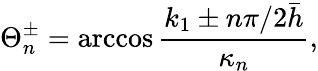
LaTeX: \Theta_{n}^{\pm}=\operatorname{arccos}\frac{k_{1}\pm n\pi/2\bar{h}}{\kappa_{n}},